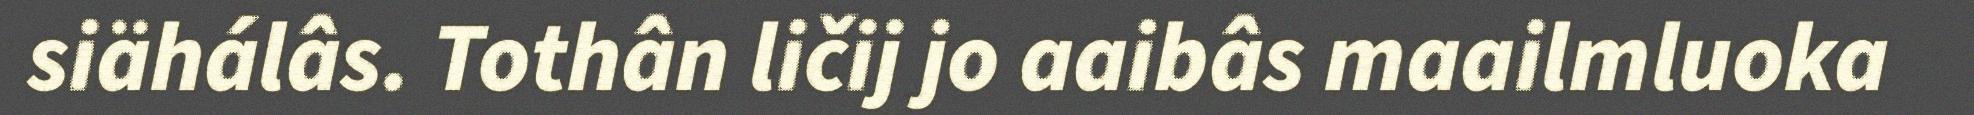
siähálâs. Tothân ličij jo aaibâs maailmluoka